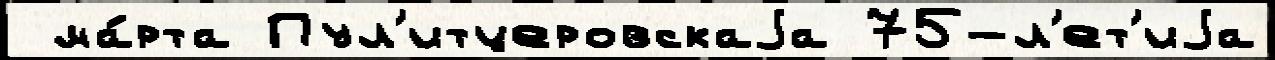
 ма́рта Пул'итцеровскаjа 75-л'ет'иjа